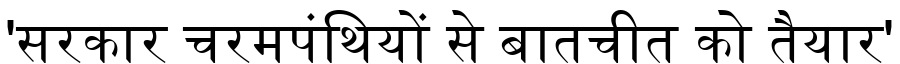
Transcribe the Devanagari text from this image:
'सरकार चरमपंथियों से बातचीत को तैयार'